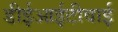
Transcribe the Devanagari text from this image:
डीईआईटीवाई